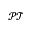
\mathcal { P T }